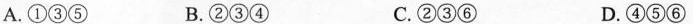
A.①③⑤ B.②③④ C.②③⑥ D.④⑤⑥